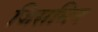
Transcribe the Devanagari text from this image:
जिसमिन